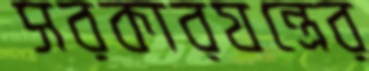
সরকারযন্ত্রের